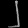
Digit: ၂